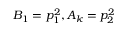
B _ { 1 } = p _ { 1 } ^ { 2 } , A _ { k } = p _ { 2 } ^ { 2 }